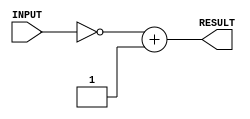
`timescale 1ns/100ps

module twosComp(INPUT, RESULT); //change this
    input [31:0] INPUT;       //declare inputs
    output reg [31:0] RESULT; //declare outputs

    always @ (INPUT)
    begin
      // TODO : set the time delay
      #1 RESULT = ~INPUT + 1; // 2s comp negative
    end

endmodule